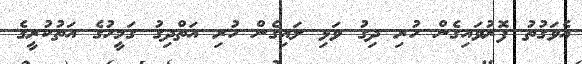
އެވަގުތު ފޮރުވައިގެން ހުރި ދިގު ވަޅި ލައިގެން ހުރި އަތްދިގު ގަމީހުގެ އަތުކުރީގެ